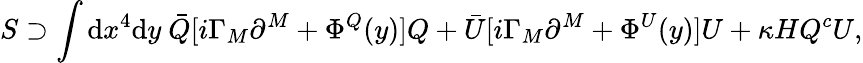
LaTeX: S\supset\int\mathrm{d}x^{4}\mathrm{d}y~\bar{Q}[i\Gamma_{M}\partial^{M}+\Phi^{Q}(y)]Q+\bar{U}[i\Gamma_{M}\partial^{M}+\Phi^{U}(y)]U+\kappa HQ^{c}U,